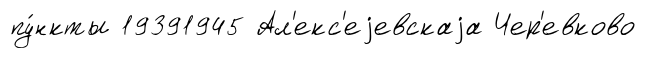
пу́нкты 19391945 Ал'екс'еjевскаjа Чер'евково